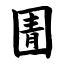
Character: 圊